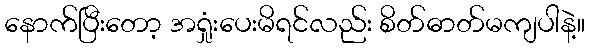
နောက်ပြီးတော့ အရှုံးပေးမိရင်လည်း စိတ်ဓာတ်မကျပါနဲ့။